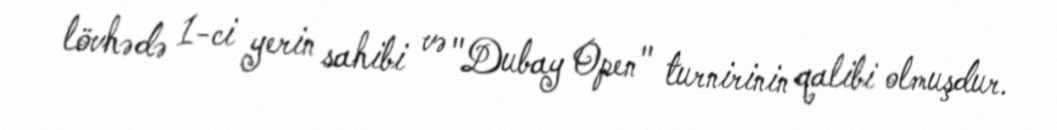
lövhədə 1-ci yerin sahibi və "Dubay Open" turnirinin qalibi olmuşdur.